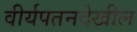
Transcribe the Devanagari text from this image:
वीर्यपतनदेखील